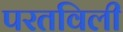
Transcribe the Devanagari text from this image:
परतविली